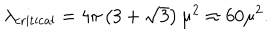
LaTeX: \lambda _ { \mathrm { c r i t i c a l } } = 4 \pi \left( 3 + \sqrt { 3 } \right) \mu ^ { 2 } \approx 6 0 \mu ^ { 2 } .